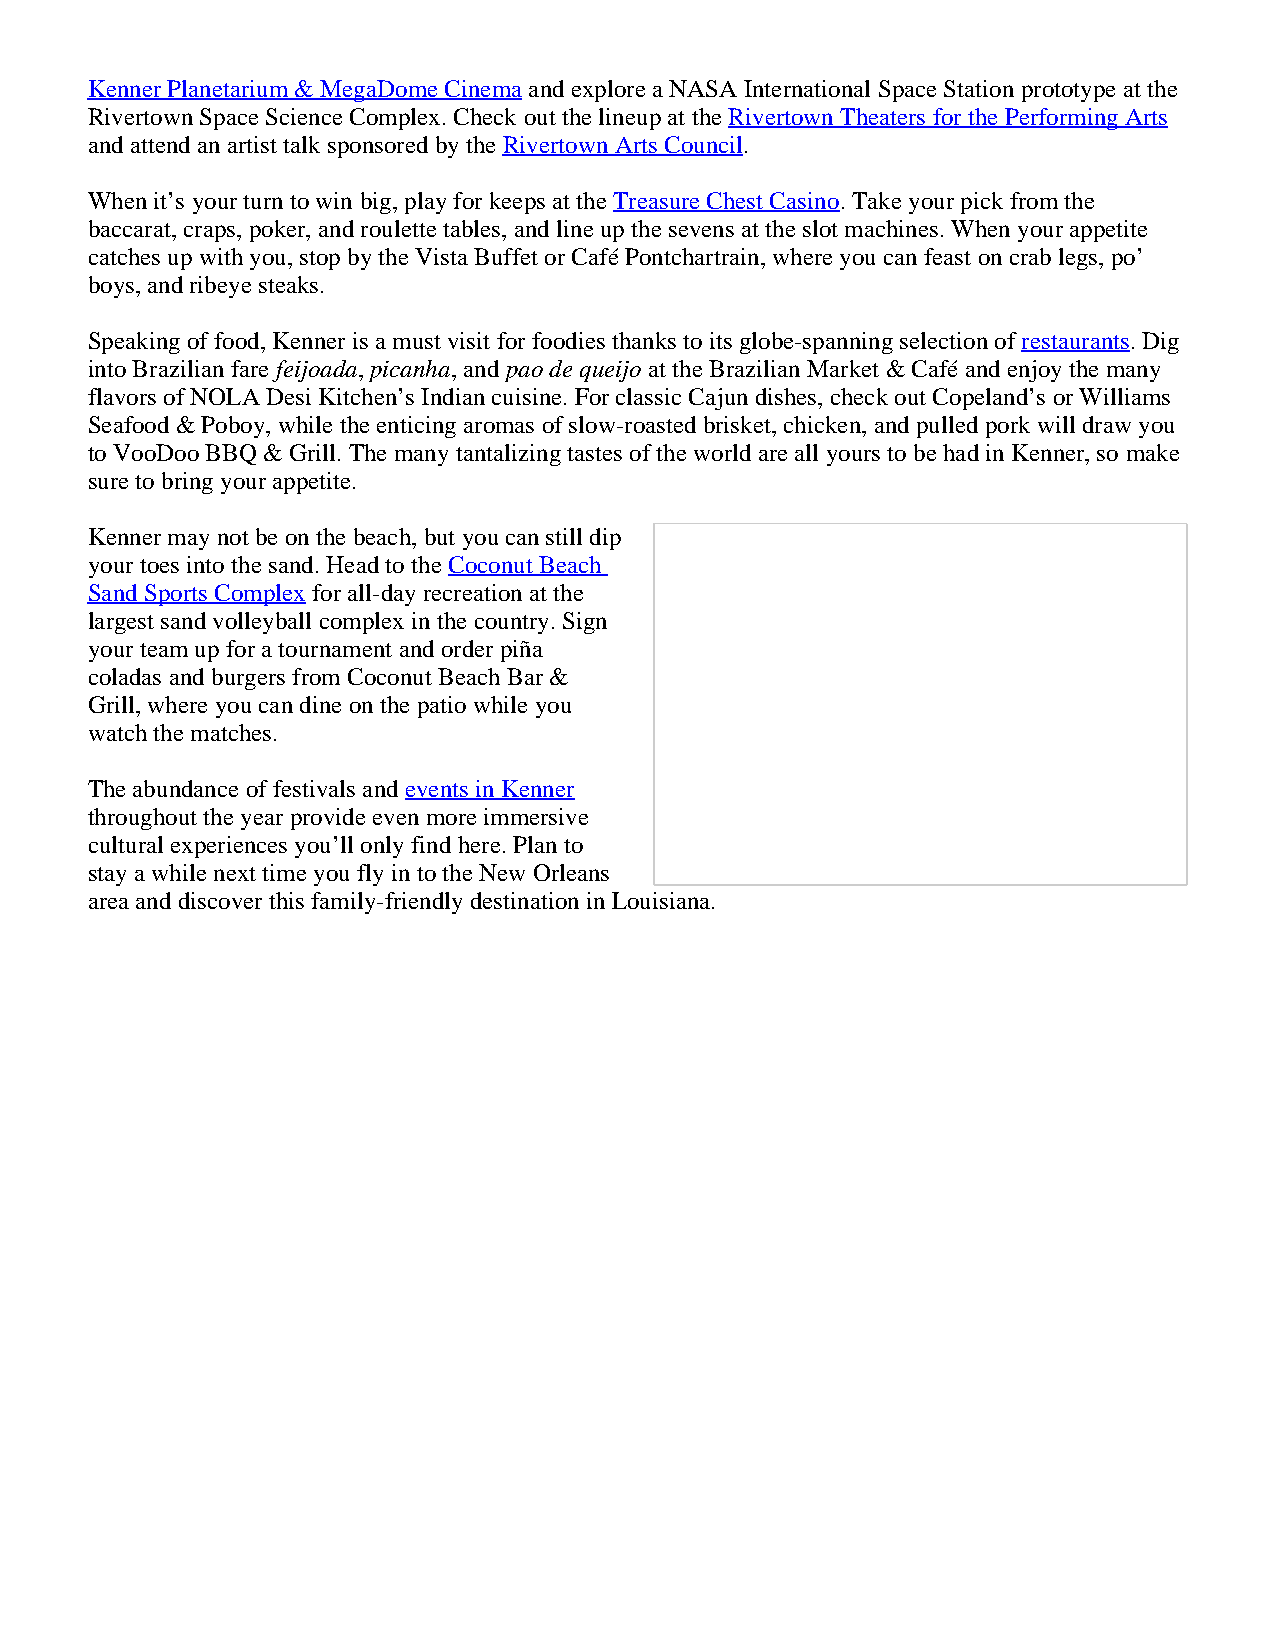
Kenner Planetarium & MegaDome Cinema and explore a NASA International Space Station prototype at the
 Rivertown Space Science Complex. Check out the lineup at the Rivertown Theaters for the Performing Arts
 and attend an artist talk sponsored by the Rivertown Arts Council.
 When it’s your turn to win big, play for keeps at the Treasure Chest Casino. Take your pick from the
 baccarat, craps, poker, and roulette tables, and line up the sevens at the slot machines. When your appetite
 catches up with you, stop by the Vista Buffet or Café Pontchartrain, where you can feast on crab legs, po’
 boys, and ribeye steaks.
 Speaking of food, Kenner is a must visit for foodies thanks to its globe-spanning selection of restaurants. Dig
 into Brazilian fare feijoada, picanha, and pao de queijo at the Brazilian Market & Café and enjoy the many
 flavors of NOLA Desi Kitchen’s Indian cuisine. For classic Cajun dishes, check out Copeland’s or Williams
 Seafood & Poboy, while the enticing aromas of slow-roasted brisket, chicken, and pulled pork will draw you
 to VooDoo BBQ & Grill. The many tantalizing tastes of the world are all yours to be had in Kenner, so make
 sure to bring your appetite.
 Kenner may not be on the beach, but you can still dip
 your toes into the sand. Head to the Coconut Beach
 Sand Sports Complex for all-day recreation at the
 largest sand volleyball complex in the country. Sign
 your team up for a tournament and order piña
 coladas and burgers from Coconut Beach Bar &
 Grill, where you can dine on the patio while you
 watch the matches.
 The abundance of festivals and events in Kenner
 throughout the year provide even more immersive
 cultural experiences you’ll only find here. Plan to
 stay a while next time you fly in to the New Orleans
 area and discover this family-friendly destination in Louisiana.